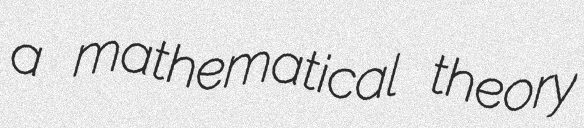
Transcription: a mathematical theory